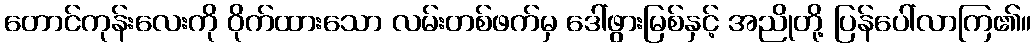
တောင်ကုန်းလေးကို ဝိုက်ထားသော လမ်းတစ်ဖက်မှ ဒေါ်ဖွားမြစ်နှင့် အညိုတို့ ပြန်ပေါ်လာကြ၏။